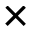
\times